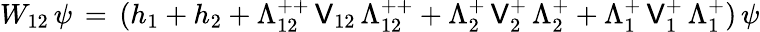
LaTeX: W_{12}\, \psi\, =\, (h_{1}+h_{2}+\Lambda_{12}^{++}\, \mathsf{V}_{12}\, \Lambda_{12}^{++}+\Lambda_{2}^{+}\, \mathsf{V}_{2}^{+}\, \Lambda_{2}^{+}+\Lambda_{1}^{+}\, \mathsf{V}_{1}^{+}\, \Lambda_{1}^{+})\, \psi